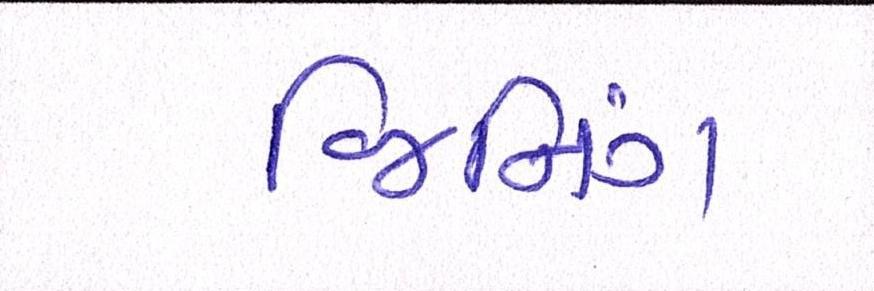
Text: જિનિંગ